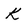
Character: k